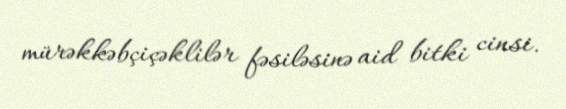
mürəkkəbçiçəklilər fəsiləsinə aid bitki cinsi.